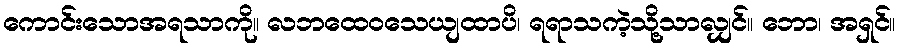
ကောင်းသောအရသာကို။ လဘထေဝသေယျထာပိ၊ ရရာသကဲ့သို့သာလျှင်။ ဘော၊ အရှင်။